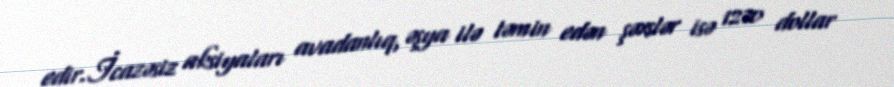
edir.İcazəsiz aksiyaları avadanlıq, əşya ilə təmin edən şəxslər isə 1270 dollar